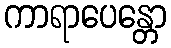
ကာရာပေန္တော